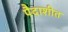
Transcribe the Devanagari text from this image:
पैदाशीत